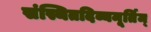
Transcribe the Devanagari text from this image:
संस्थितदिव्यमूर्तिम्